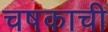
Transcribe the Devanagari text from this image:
चषकाची